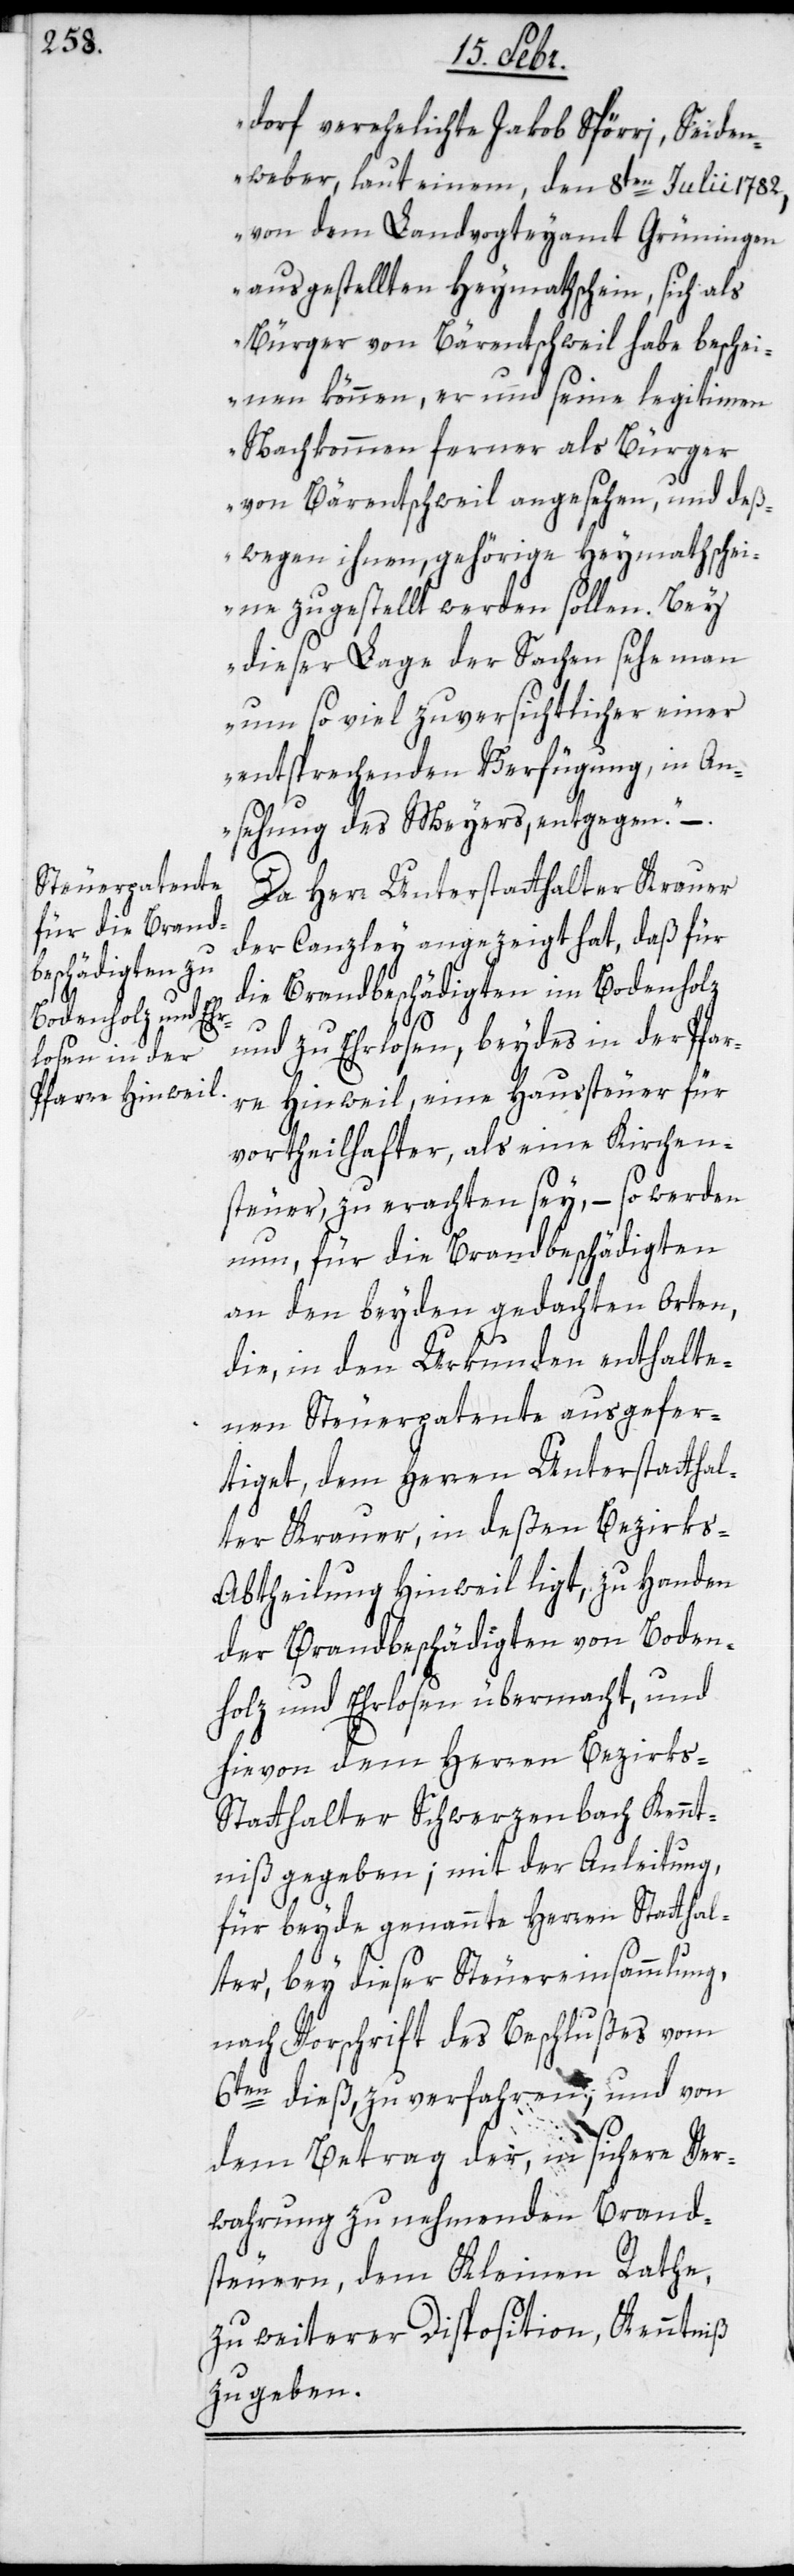
dorf verehelichte Jakob Spörri, Seiden¬
weber, laut einem, den 8ten Julii 1782,
von dem Landvogteyamt Grüningen
ausgestellten Heymathschein, sich als
Bürger von Bärentschweil habe beschei¬
nen können, er und seine legitimen
Nachkommen ferner als Bürger
von Bärentschweil angesehen, und deß¬
wegen ihnen, gehörige Heymathschei¬
ne zugestellt werden sollen. Bey
dieser Lage der Sachen sehe man
um soviel zuversichtlicher einer
entsprechenden Verfügung, in An¬
sehung des Meyers, entgegen.“
Da Herr Unterstatthalter Krauer
der Canzley angezeigt hat, daß für
die Brandbeschädigten im Bodenholz
und zu Ehrlosen, beydes in der Pfar¬
re Hinweil, eine Haussteuer für
vortheilhafter, als eine Kirchen¬
steuer zu erachten sey, – so werden
nun, für die Brandbeschädigten
an den beyden gedachten Orten,
die, in den Urkunden enthalte¬
nen Steuerpatente ausgefer¬
tiget, dem Herren Unterstatthal¬
ter Krauer, in deßen Bezirks-A¬
btheilung Hinweil ligt, zu Handen
der Brandbeschädigten von Boden¬
holz und Ehrlosen übermacht, und
hievon dem Herren Bezirk¬
s-Statthalter Schwerzenbach Kennt¬
niß gegeben; mit der Anleitung,
für beyde genannte Herren Statthal¬
ter, bey dieser Steuereinsammlung,
nach Vorschrift des Beschlußes vom
6ten dieß, zu verfahren, und von
dem Betrag der, in sichere Ver¬
wahrung zu nehmenden Brand¬
steuern, dem Kleinen Rathe
zu weiterer Disposition, Kenntniß
zu geben.